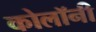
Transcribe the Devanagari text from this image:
कोलॉनी